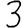
Digit: 3